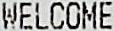
WELCOME